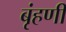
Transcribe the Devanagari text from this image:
बृंहणी